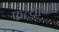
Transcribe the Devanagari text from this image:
फत्याबाद